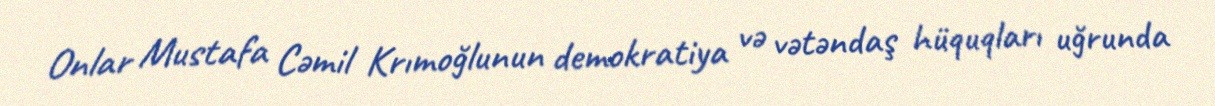
Onlar Mustafa Cəmil Krımoğlunun demokratiya və vətəndaş hüquqları uğrunda